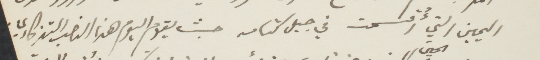
اليمين التي أُقسمت في جبل كنامه  من حيث يقوم اليوم هذا النصب التذكاري